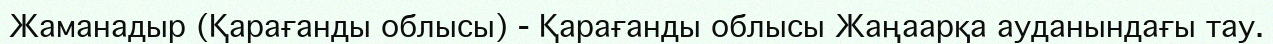
Жаманадыр (Қарағанды облысы) - Қарағанды облысы Жаңаарқа ауданындағы тау.